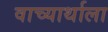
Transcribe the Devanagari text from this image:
वाच्यार्थाला